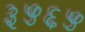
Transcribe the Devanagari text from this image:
३५६५